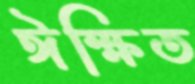
ঈক্ষিত